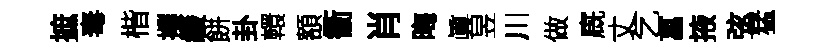
摭毒楷擈緩餅卦轘額衢肖晦眞昱川做廐丈乞菖掖弦猛